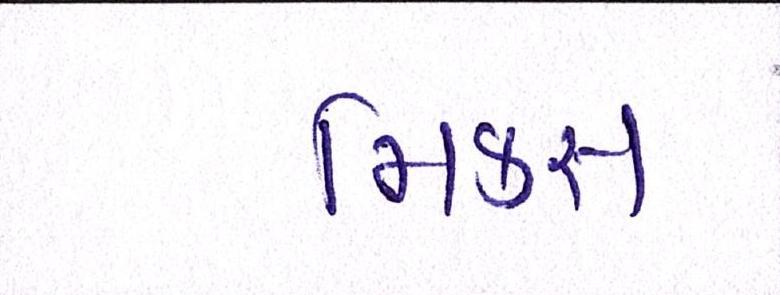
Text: મિક્સ